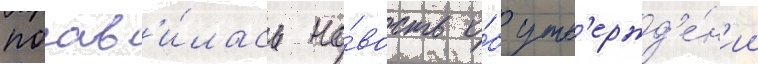
поав'и́лась но́вость о́б утв'ержд'е́н'ии